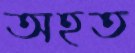
অহত